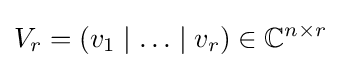
V_{r}=(v_{1}\mid \ldots \mid v_{r})\in \mathbb {C} ^{n\times r}